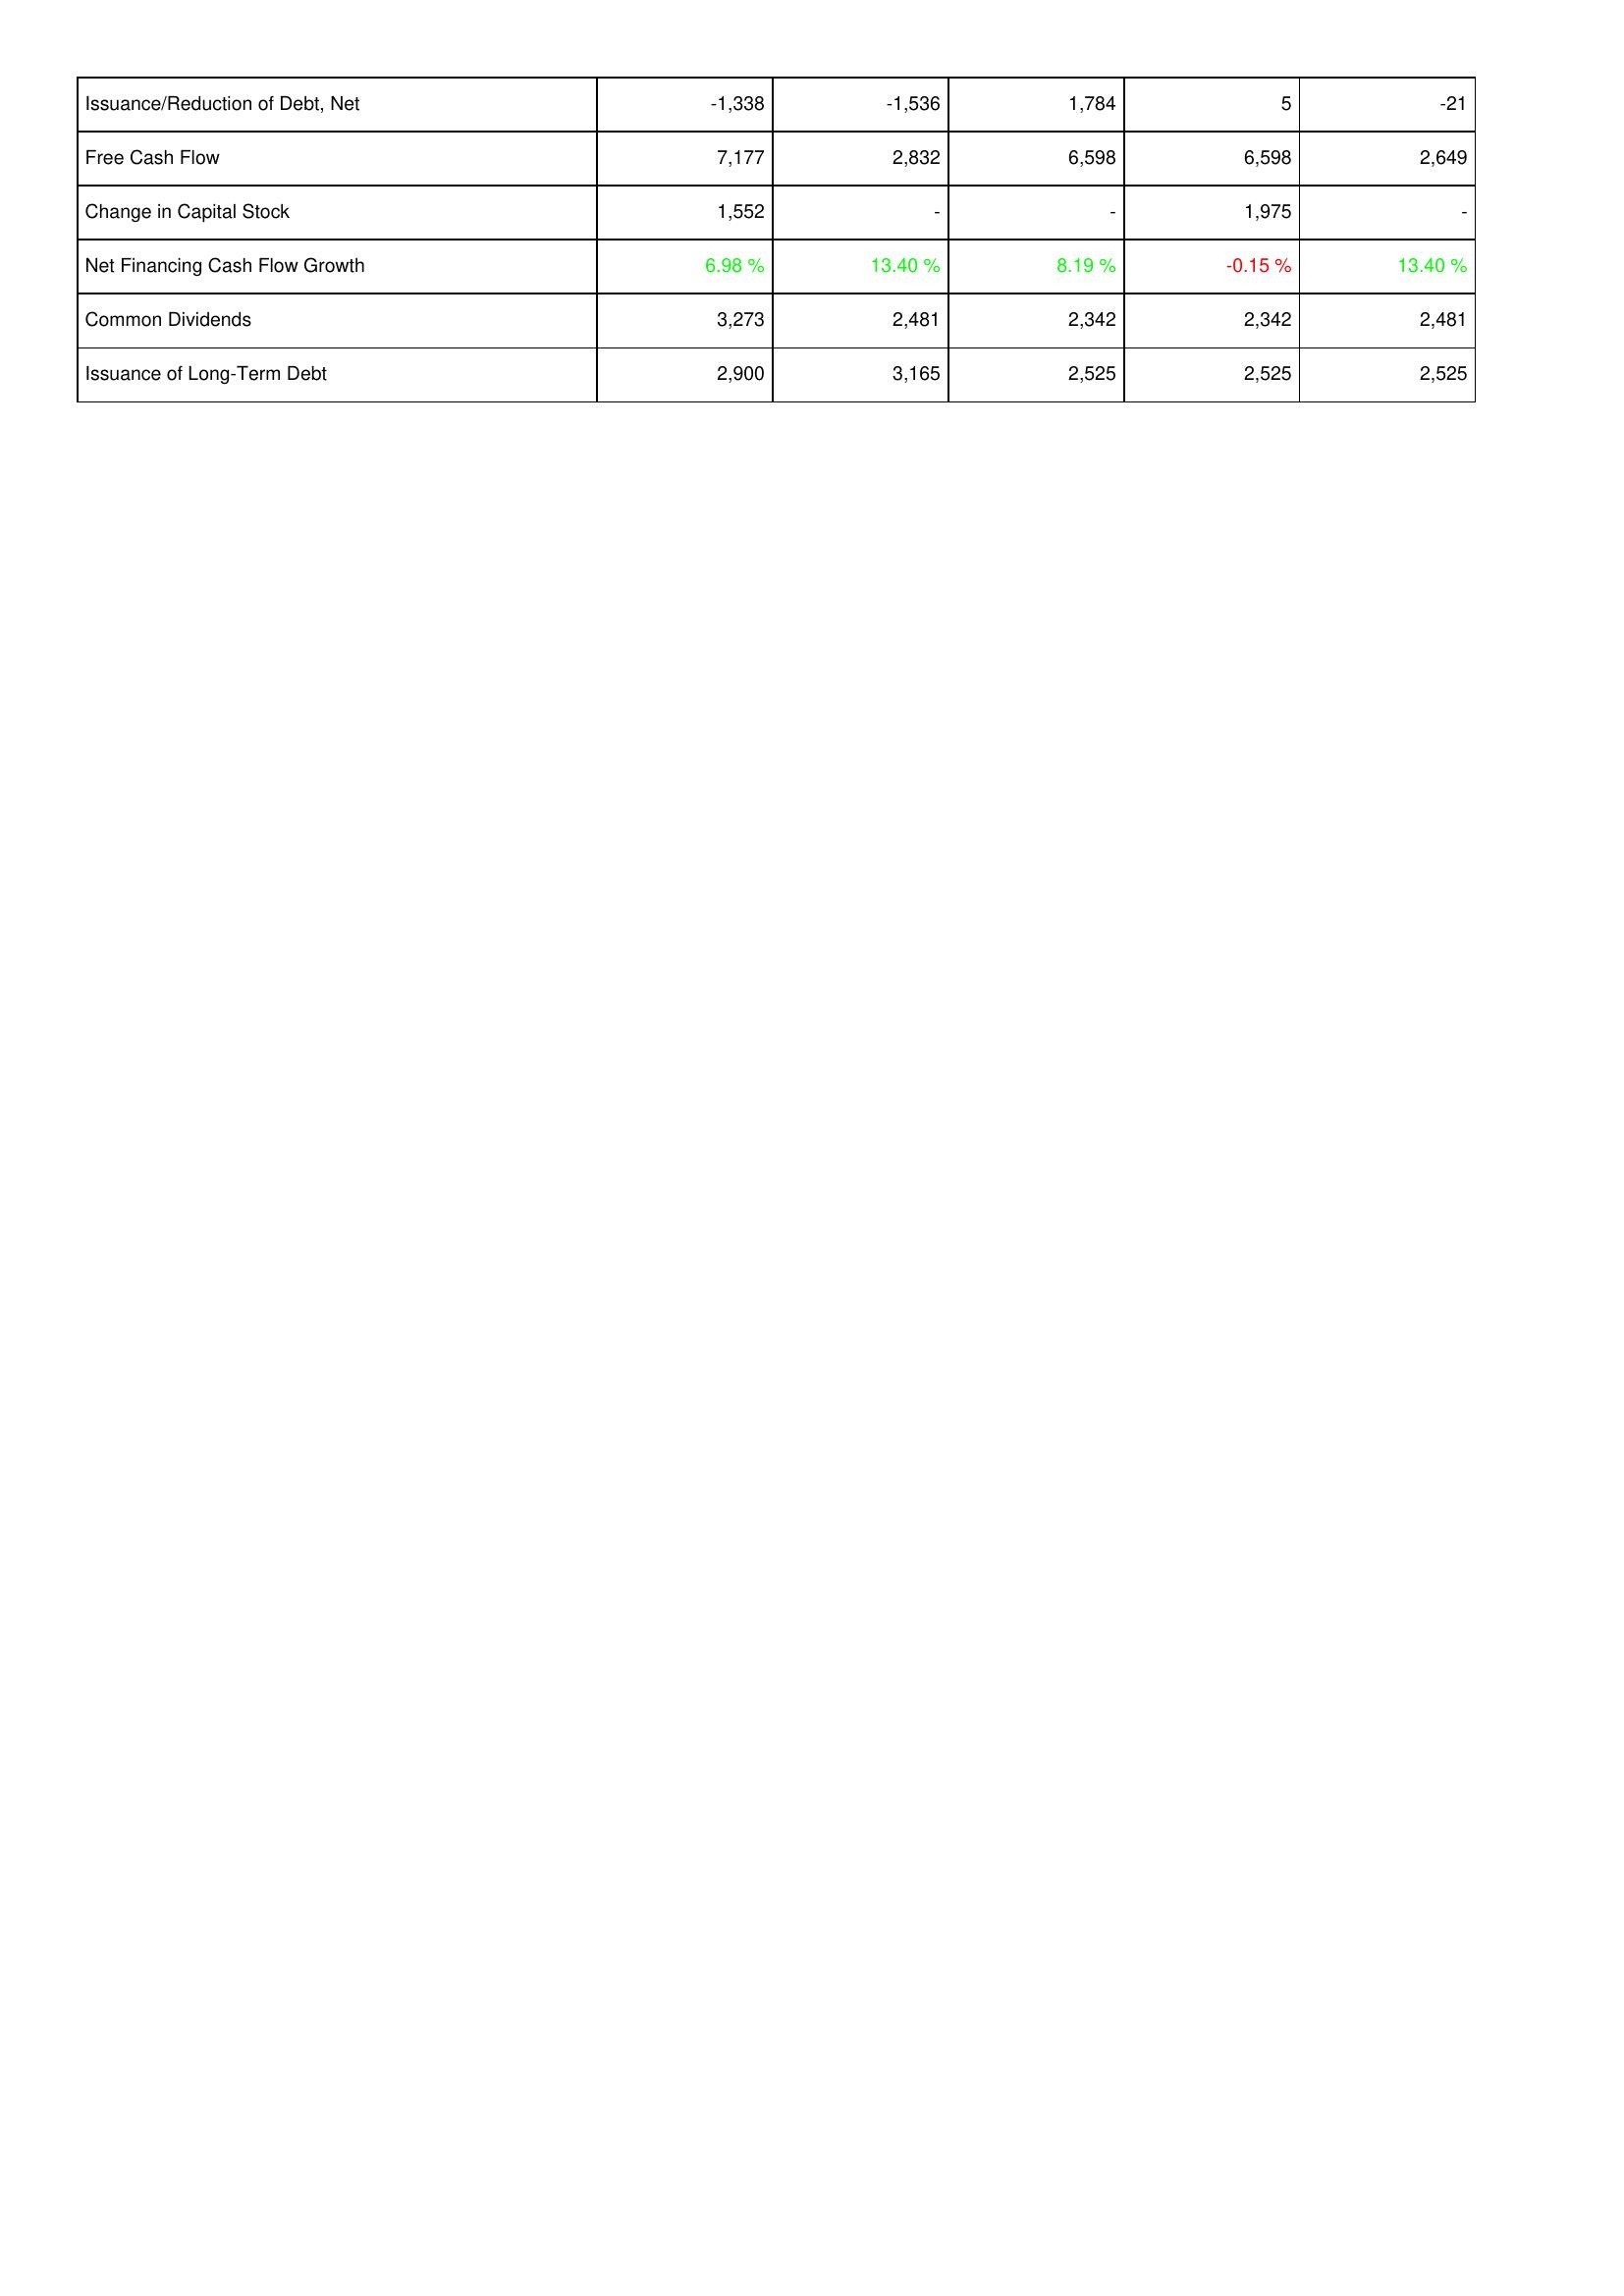
2020: Financing Activities: Issuance/Reduction of Debt, Net: -1,338
Free Cash Flow: 7,177
Change in Capital Stock: 1,552
Net Financing Cash Flow Growth: 6.98 %
Common Dividends: 3,273
Issuance of Long-Term Debt: 2,900
2019: Financing Activities: Issuance/Reduction of Debt, Net: -1,536
Free Cash Flow: 2,832
Change in Capital Stock: -
Net Financing Cash Flow Growth: 13.40 %
Common Dividends: 2,481
Issuance of Long-Term Debt: 3,165
2018: Financing Activities: Issuance/Reduction of Debt, Net: 1,784
Free Cash Flow: 6,598
Change in Capital Stock: -
Net Financing Cash Flow Growth: 8.19 %
Common Dividends: 2,342
Issuance of Long-Term Debt: 2,525
2017: Financing Activities: Issuance/Reduction of Debt, Net: 5
Free Cash Flow: 6,598
Change in Capital Stock: 1,975
Net Financing Cash Flow Growth: -0.15 %
Common Dividends: 2,342
Issuance of Long-Term Debt: 2,525
2016: Financing Activities: Issuance/Reduction of Debt, Net: -21
Free Cash Flow: 2,649
Change in Capital Stock: -
Net Financing Cash Flow Growth: 13.40 %
Common Dividends: 2,481
Issuance of Long-Term Debt: 2,525